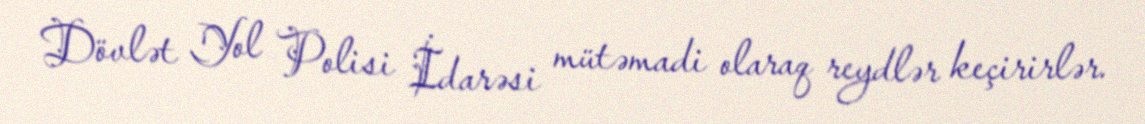
Dövlət Yol Polisi İdarəsi mütəmadi olaraq reydlər keçirirlər.